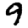
Digit: 9